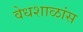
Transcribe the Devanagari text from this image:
वेधशाळांस